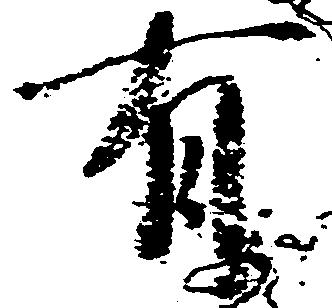
有